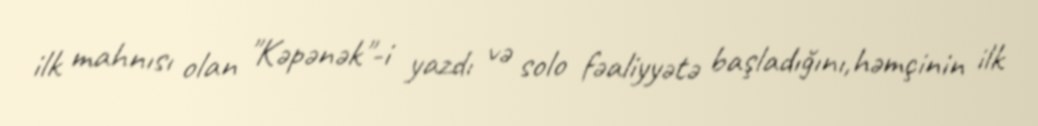
ilk mahnısı olan "Kəpənək"-i yazdı və solo fəaliyyətə başladığını,həmçinin ilk